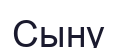
Сыну